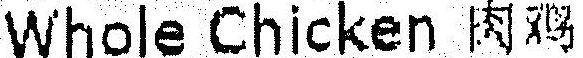
WHOLE CHICKEN ***